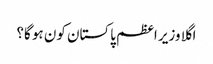
اگلا وزیر اعظم پاکستان کون ہو گا؟